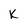
Character: K